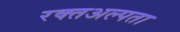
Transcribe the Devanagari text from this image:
रक्तअल्पता